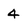
Character: 4